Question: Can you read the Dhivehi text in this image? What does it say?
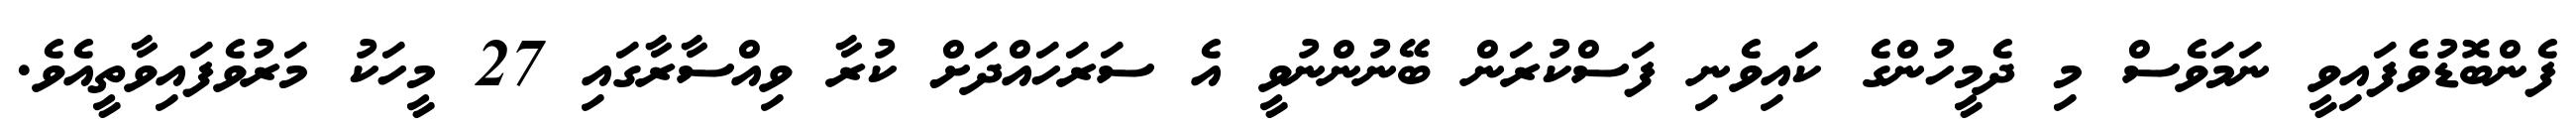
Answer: ފެންބޮޑުވެފައިވީ ނަމަވެސް މި ދެމީހުންގެ ކައިވެނި ފަސްކުރަން ބޭނުންނުވީ އެ ސަރަހައްދަށް ކުރާ ވިއްސާރާގައި 27 މީހަކު މަރުވެފައިވާތީއެވެ.